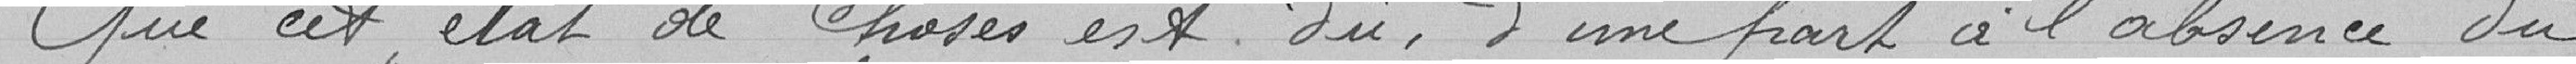
Que cet état de choses est du, d'une part à l'absence du